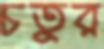
চতুর